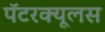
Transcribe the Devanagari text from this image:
पॅटरक्यूलस